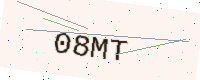
Text: 08MT